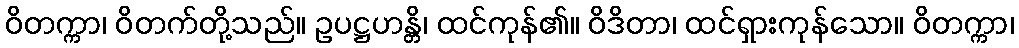
ဝိတက္ကာ၊ ဝိတက်တို့သည်။ ဥပဋ္ဌဟန္တိ၊ ထင်ကုန်၏။ ဝိဒိတာ၊ ထင်ရှားကုန်သော။ ဝိတက္ကာ၊